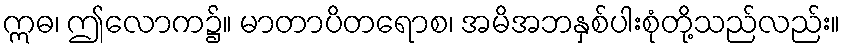
ဣဓ၊ ဤလောက၌။ မာတာပိတရောစ၊ အမိအဘနှစ်ပါးစုံတို့သည်လည်း။